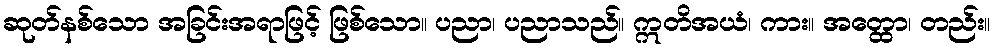
ဆုတ်နစ်သော အခြင်းအရာဖြင့် ဖြစ်သော။ ပညာ၊ ပညာသည်။ ဣတိအယံ၊ ကား။ အတ္ထော၊ တည်း။